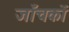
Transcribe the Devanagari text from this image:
जाँचकों